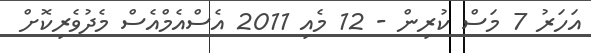
އަހަރު 7 މަސް ކުރިން - 12 މެއި 2011 އެސްއެމްއެސް މެދުވެރިކޮށް